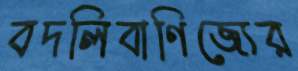
বদলিবাণিজ্যের